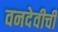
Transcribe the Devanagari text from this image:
वनदेवीची